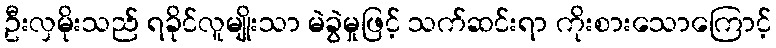
ဦးလှမိုးသည် ရခိုင်လူမျိုးသာ မဲခွဲမှုဖြင့် သက်ဆင်းရာ ကိုးစားသောကြောင့်